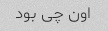
اون چی بود